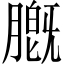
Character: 𬛑